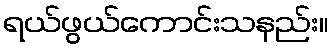
ရယ်ဖွယ်ကောင်းသနည်း။